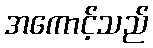
အကောင့်သည်